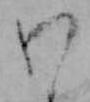
わ